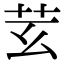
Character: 𦬜